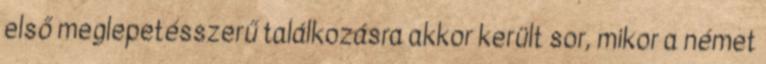
első meglepetésszerű találkozásra akkor került sor, mikor a német